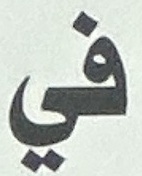
في